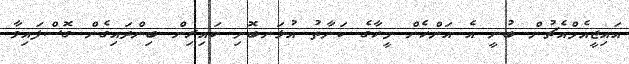
އައިޖީއެމްއެޗުން ބުނީ އެ އަންހެން މީހާގެ ކަނާތު އުޅަނބޮށި ކައިރިން ބިންދައިގެން ގޮސްފައިވާ